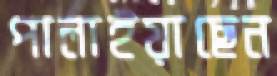
পালাইয়াছেন